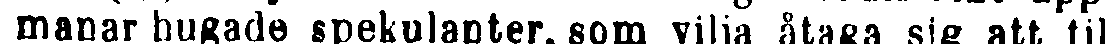
manar hugade spekulanter, som vilja åtaga sig att till